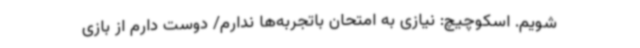
شویم. اسکوچیچ: نیازی به امتحان باتجربه‌ها ندارم/ دوست دارم از بازی